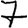
Digit: 7